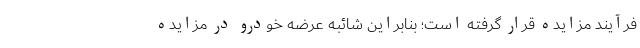
فرآیند مزایده قرار گرفته است؛ بنابراین شائبه عرضه خودرو در مزایده